画像に写った文字を読んでください
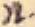
「ル」と書いてあります